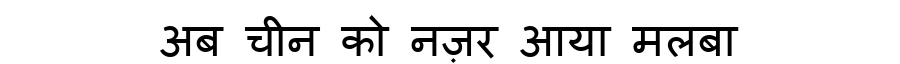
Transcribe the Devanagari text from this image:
अब चीन को नज़र आया मलबा